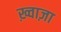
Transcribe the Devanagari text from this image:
ख़्वाज़ा